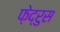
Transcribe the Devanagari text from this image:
फ़ेद्रुस